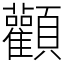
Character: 顴